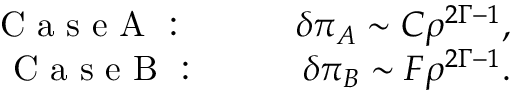
\begin{array} { r l r } { \mathrm { ~ C ~ a ~ s ~ e ~ A ~ } \mathrm { ~ : ~ \ \ \ } } & { { } } & { \delta \pi _ { A } \sim C \rho ^ { 2 \Gamma - 1 } , } \\ { \mathrm { ~ C ~ a ~ s ~ e ~ B ~ } \mathrm { ~ : ~ \ \ } } & { { } } & { \delta \pi _ { B } \sim F \rho ^ { 2 \Gamma - 1 } . } \end{array}